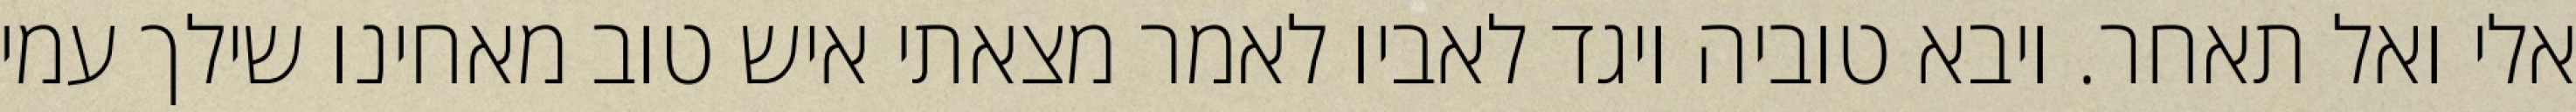
אלי ואל תאחר. ויבא טוביה ויגד לאביו לאמר מצאתי איש טוב מאחינו שילך עמי